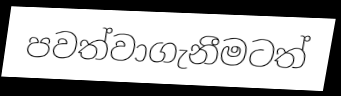
පවත්වාගැනීමටත්